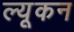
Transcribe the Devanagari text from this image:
ल्यूकन